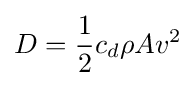
D={\frac {1}{2}}c_{d}\rho Av^{2}